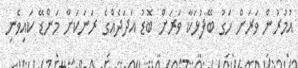
އުމުރުން ވަރަށް ހަގު ބޭފުޅަކާ ވަރަށް ބޮޑު އަދަދެއްގެ ރަނަކަށް މަންޑޭ ކައިވެނި